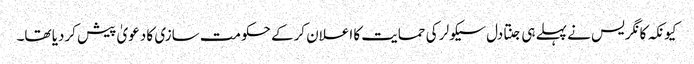
کیونکہ کانگریس نے پہلے ہی جنتادل سیکولر کی حمایت کا اعلان کرکے حکومت سازی کا دعویٰ پیش کردیا تھا۔